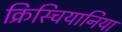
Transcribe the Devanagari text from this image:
क्रिस्चियानिया